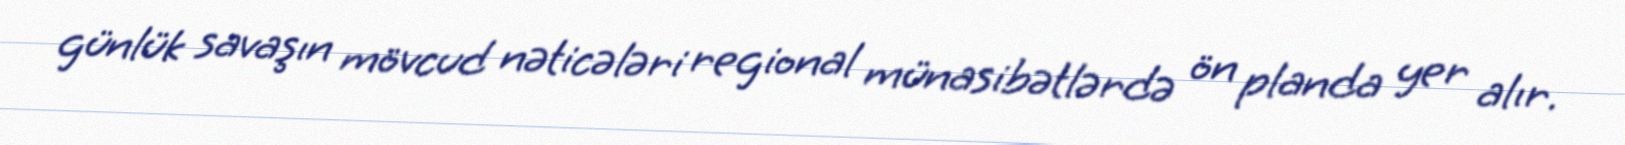
günlük savaşın mövcud nəticələri regional münasibətlərdə ön planda yer alır.